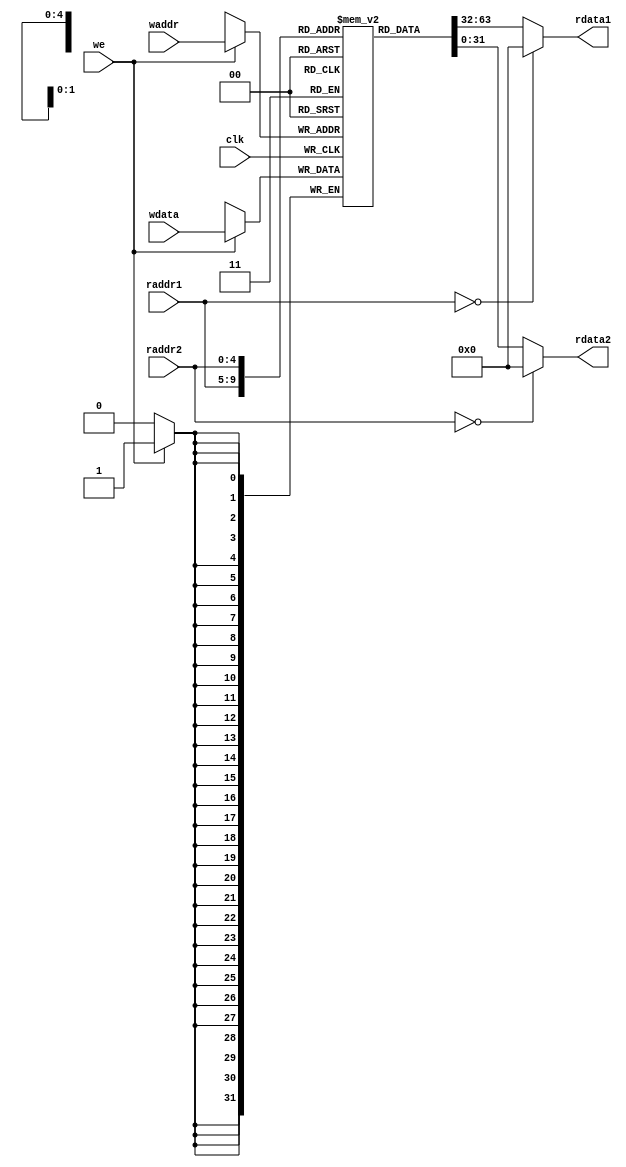
module regfile(
    input  wire        clk,
    // READ PORT 1 BUSA
    input  wire [ 4:0] raddr1,
    output wire [31:0] rdata1,
    // READ PORT 2 BUSB
    input  wire [ 4:0] raddr2,
    output wire [31:0] rdata2,
    // WRITE PORT   BUSW
    input  wire        we,       //write enable, HIGH valid
    input  wire [ 4:0] waddr,
    input  wire [31:0] wdata
);
reg [31:0] rf[31:0];
integer i;

initial begin
    for(i = 0; i <= 31;i = i + 1)begin
        rf[i] = 32'b0;
    end

end

//WRITE
always @(posedge clk) begin
    if (we) rf[waddr] <= wdata;
end

//READ OUT 1
assign rdata1 = (raddr1==5'b0) ? 32'b0 : rf[raddr1];

//READ OUT 2
assign rdata2 = (raddr2==5'b0) ? 32'b0 : rf[raddr2];

endmodule